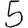
Digit: 5